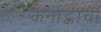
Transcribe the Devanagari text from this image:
कर्नाट्काची